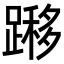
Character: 𨄼